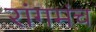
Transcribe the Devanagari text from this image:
रांगमंच